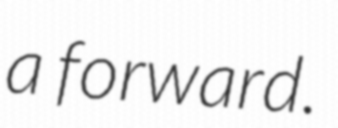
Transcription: a forward.